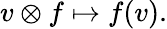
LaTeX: v\otimes f\mapsto f(v).